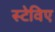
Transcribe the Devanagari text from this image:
स्टेविए